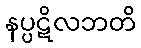
နပ္ပဋိလဘတိ